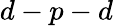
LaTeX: d-p-d